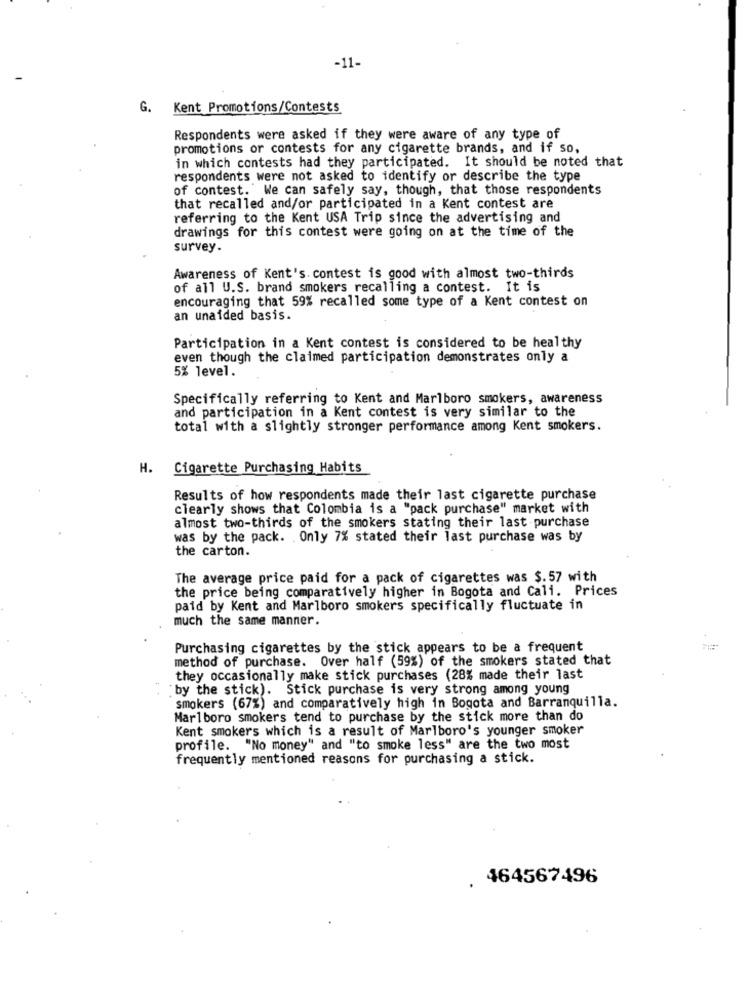
-11-
G. Kent Promotions/Contests
Respondents were asked if they were aware of any type of
promotions or contests for any cigarette brands, and if so,
in which contests had they participated. It should be noted that
respondents were not asked to identify or describe the type
of contest. We can safely say, though, that those respondents
that recalled and/or participated in a Kent contest are
referring to the Kent USA Trip since the advertising and
drawings for this contest were going on at the time of the
survey.
Awareness of Kent's. contest is good with almost two-thirds
of all U.S. brand smokers recalling a contest. It is
encouraging that 59% recalled some type of a Kent contest on
an unaided basis.
Participation in a Kent contest is considered to be healthy
even though the claimed participation demonstrates only a
5% level.
Specifically referring to Kent and Marlboro smokers, awareness
and participation in a Kent contest is very similar to the
total with a slightly stronger performance among Kent smokers.
H. Cigarette Purchasing Habits
Results of how respondents made their last cigarette purchase
clearly shows that Colombia is a "pack purchase" market with
almost two-thirds of the smokers stating their last purchase
was by the pack. Only 7% stated their last purchase was by
the carton.
The average price paid for a pack of cigarettes was $. 57 with
the price being comparatively higher in Bogota and Cali. Prices
paid by Kent and Marlboro smokers specifically fluctuate in
much the same manner.
Purchasing cigarettes by the stick appears to be a frequent
method of purchase. Over half (59%) of the smokers stated that
they occasionally make stick purchases (28% made their last
"by the stick). Stick purchase is very strong among young
smokers (67%) and comparatively high in Bogota and Barranquilla.
Marlboro smokers tend to purchase by the stick more than do
Kent smokers which is a result of Marlboro's younger smoker
profile. "No money" and "to smoke less" are the two most
frequently mentioned reasons for purchasing a stick.
464567496